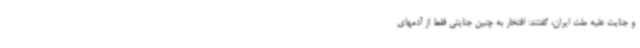
و جنایت علیه ملت ایران، گفتند: افتخار به چنین جنایتی فقط از آدمهای